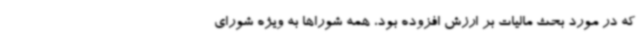
که در مورد بحث مالیات بر ارزش افزوده بود، همه شوراها به ویژه شورای